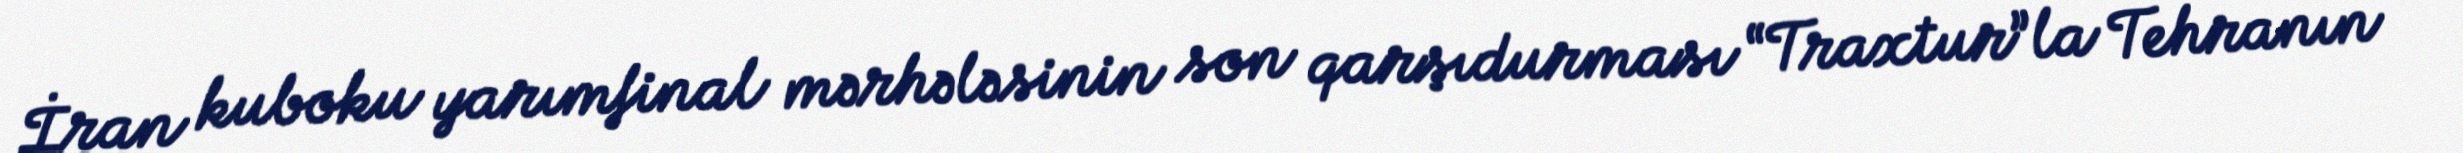
İran kuboku yarımfinal mərhələsinin son qarşıdurması “Traxtur”la Tehranın